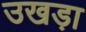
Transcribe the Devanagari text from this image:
उखड़ा